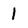
Character: I